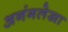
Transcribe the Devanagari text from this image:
अनंगलेखा